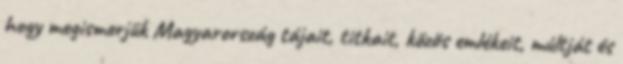
hogy megismerjük Magyarország tájait, titkait, közös emlékeit, múltját és